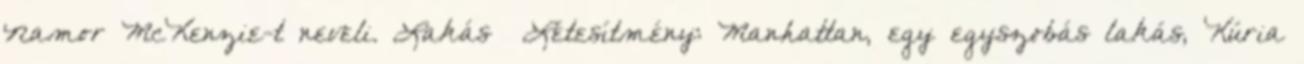
Namor McKenzie-t neveli. Lakás Létesítmény: Manhattan, egy egyszobás lakás, Kúria